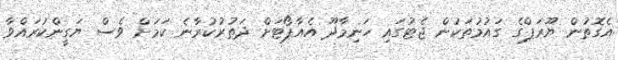
އެގޮތުން ޔޫރަޕްގެ ގައުމުތަކުން ޖެޓުގައި ހަނިމާދޫ އެއާޕޯޓަށް ދަތުރުކުރާނެ ކަމަށް ވެސް ޔަގީންކުރައްވާ